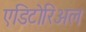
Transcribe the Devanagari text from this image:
एडिटोरिअल